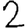
Digit: 2